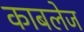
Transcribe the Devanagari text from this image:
काबलेज